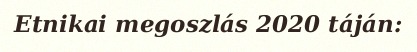
Etnikai megoszlás 2020 táján: